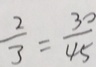
\frac { 2 } { 3 } = \frac { 3 0 } { 4 5 }